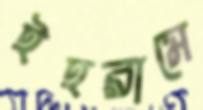
ইহরামে